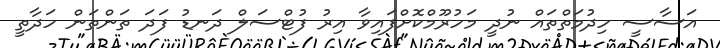
އަސާސީ ހިދުމަތްތައް ނުދީ މަހުރޫމްކޮށްފައިވާ އިރު ފުޓްސަލް ދަނޑު ފަދަ ތަންތަން ހަދާތީ